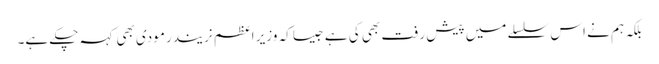
بلکہ ہم نے اس سلسلے میں پیش رفت بھی کی ہے جیسا کہ وزیر اعظم نریندر مودی بھی کہہ چکے ہے۔